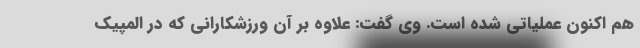
هم اکنون عملیاتی شده است. وی گفت: علاوه بر آن ورزشکارانی که در المپیک